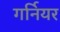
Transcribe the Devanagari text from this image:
गर्नियर